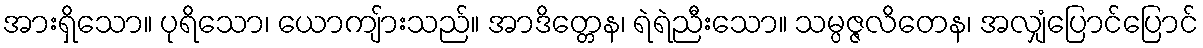
အားရှိသော။ ပုရိသော၊ ယောကျ်ားသည်။ အာဒိတ္တေန၊ ရဲရဲညီးသော။ သမ္ပဇ္ဇလိတေန၊ အလျှံပြောင်ပြောင်